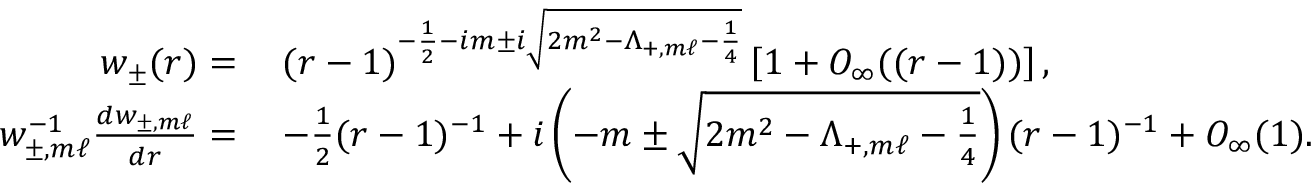
\begin{array} { r l } { w _ { \pm } ( r ) = } & { \: ( r - 1 ) ^ { - \frac { 1 } { 2 } - i m \pm i \sqrt { 2 m ^ { 2 } - \Lambda _ { + , m \ell } - \frac { 1 } { 4 } } } \left[ 1 + O _ { \infty } ( ( r - 1 ) ) \right] , } \\ { w _ { \pm , m \ell } ^ { - 1 } \frac { d w _ { \pm , m \ell } } { d r } = } & { \: - \frac { 1 } { 2 } ( r - 1 ) ^ { - 1 } + i \left( - m \pm \sqrt { 2 m ^ { 2 } - \Lambda _ { + , m \ell } - \frac { 1 } { 4 } } \right) ( r - 1 ) ^ { - 1 } + O _ { \infty } ( 1 ) . } \end{array}